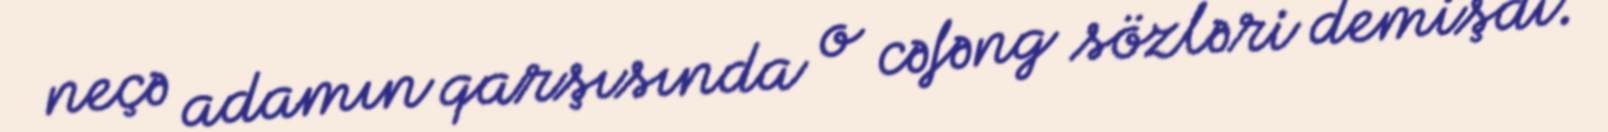
neçə adamın qarşısında o cəfəng sözləri demişdi.